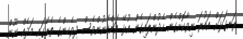
ރަނގަޅަށް އައުރަ ނިވާކޮށްގެން ހެދުންލައިގެން އުޅޭ އަންހެނުންވެސް ދިވެހިންގެ ތެރޭގައި މަދެއް ނޫން.